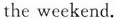
A. about;to; at